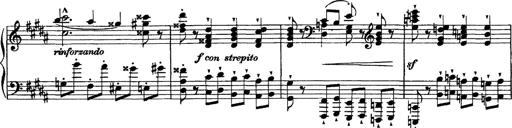
Title: Piano Sonata
Composer: Karl HÃ¤ssler
Key: C major